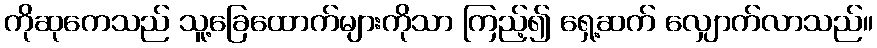
ကိုဆုကေသည် သူ့ခြေထောက်များကိုသာ ကြည့်၍ ရှေ့ဆက် လျှောက်လာသည်။